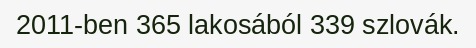
2011-ben 365 lakosából 339 szlovák.